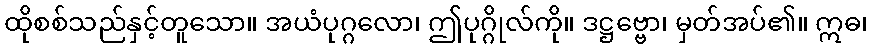
ထိုစစ်သည်နှင့်တူသော။ အယံပုဂ္ဂလော၊ ဤပုဂ္ဂိုလ်ကို။ ဒဋ္ဌဗ္ဗော၊ မှတ်အပ်၏။ ဣဓ၊